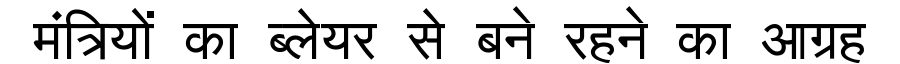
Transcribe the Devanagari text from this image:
मंत्रियों का ब्लेयर से बने रहने का आग्रह